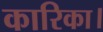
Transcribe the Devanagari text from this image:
कारिका।